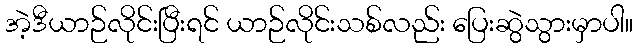
အဲ့ဒီယာဉ်လိုင်းပြီးရင် ယာဉ်လိုင်းသစ်လည်း ပြေးဆွဲသွားမှာပါ။